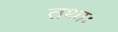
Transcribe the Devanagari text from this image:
तथाः